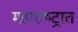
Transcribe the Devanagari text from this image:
महाराष्‍ट्रात